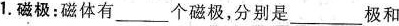
1.磁极：磁体有___个磁极，分别是\underline极和